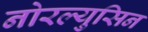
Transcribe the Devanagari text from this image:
नोरल्युसिन